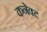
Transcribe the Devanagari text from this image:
कनेक्‍ट